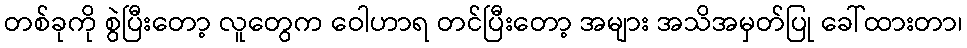
တစ်ခုကို စွဲပြီးတော့ လူတွေက ဝေါဟာရ တင်ပြီးတော့ အများ အသိအမှတ်ပြု ခေါ်ထားတာ၊